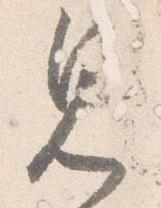
見